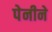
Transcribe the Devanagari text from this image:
पेनीने